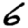
Digit: 6